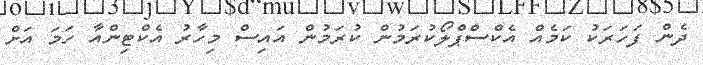
ދެން ފަހަރަކު ކަމެއް އެކްސްޕްލޯކުރަމުން ކުރަމުން އައިސް މިހާރު އެކްޓިންއާ ހަމަ އަށް